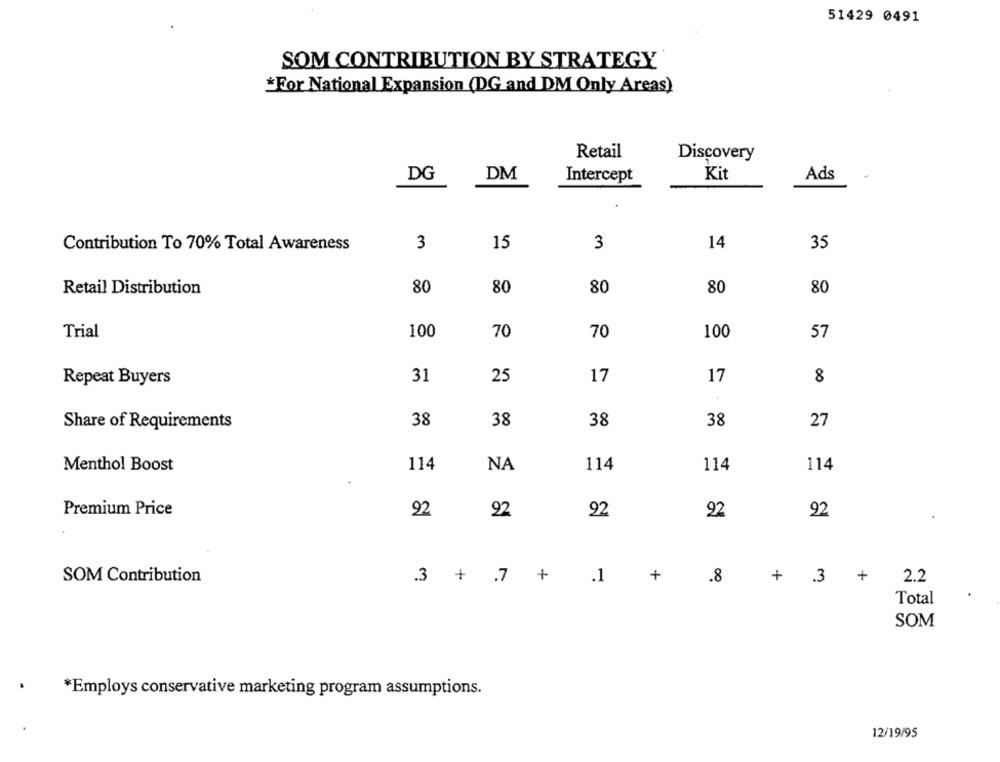
51429 0491
SOM CONTRIBUTION BY STRATEGY
*For National Expansion (DG and DM Only Areas)
Retail
Discovery
DG
DM
Kit
Intercept
Ads
3
15
3
14
35
Contribution To 70% Total Awareness
80
80
80
80
80
Retail Distribution
Trial
100
70
70
100
57
Repeat Buyers
31
25
17
17
8
Share of Requirements
38
38
38
38
27
NA
Menthol Boost
114
114
114
114
Premium Price
92
92
92
92
92
SOM Contribution
.3 + .7 +
.1
+
+ 3 +
2.2
.8
Total
SOM
*Employs conservative marketing program assumptions.
12/19/95